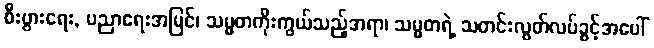
စီးပွားရေး, ပညာရေးအမြင်၊ သမ္မတကိုးကွယ်သည့်အရာ၊ သမ္မတရဲ့ သတင်းလွတ်လပ်ခွင့်အပေါ်